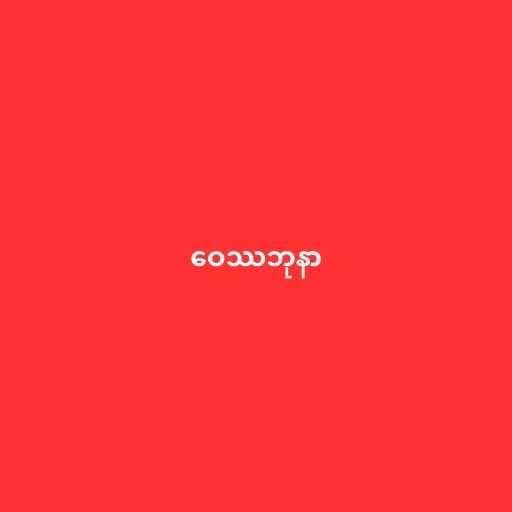
ဝေဿဘုနာ